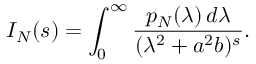
I _ { N } ( s ) = \int _ { 0 } ^ { \infty } { \frac { p _ { N } ( \lambda ) \, d \lambda } { ( \lambda ^ { 2 } + a ^ { 2 } b ) ^ { s } } } .